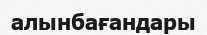
алынбағандары